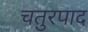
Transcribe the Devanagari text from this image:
चतुरपाद